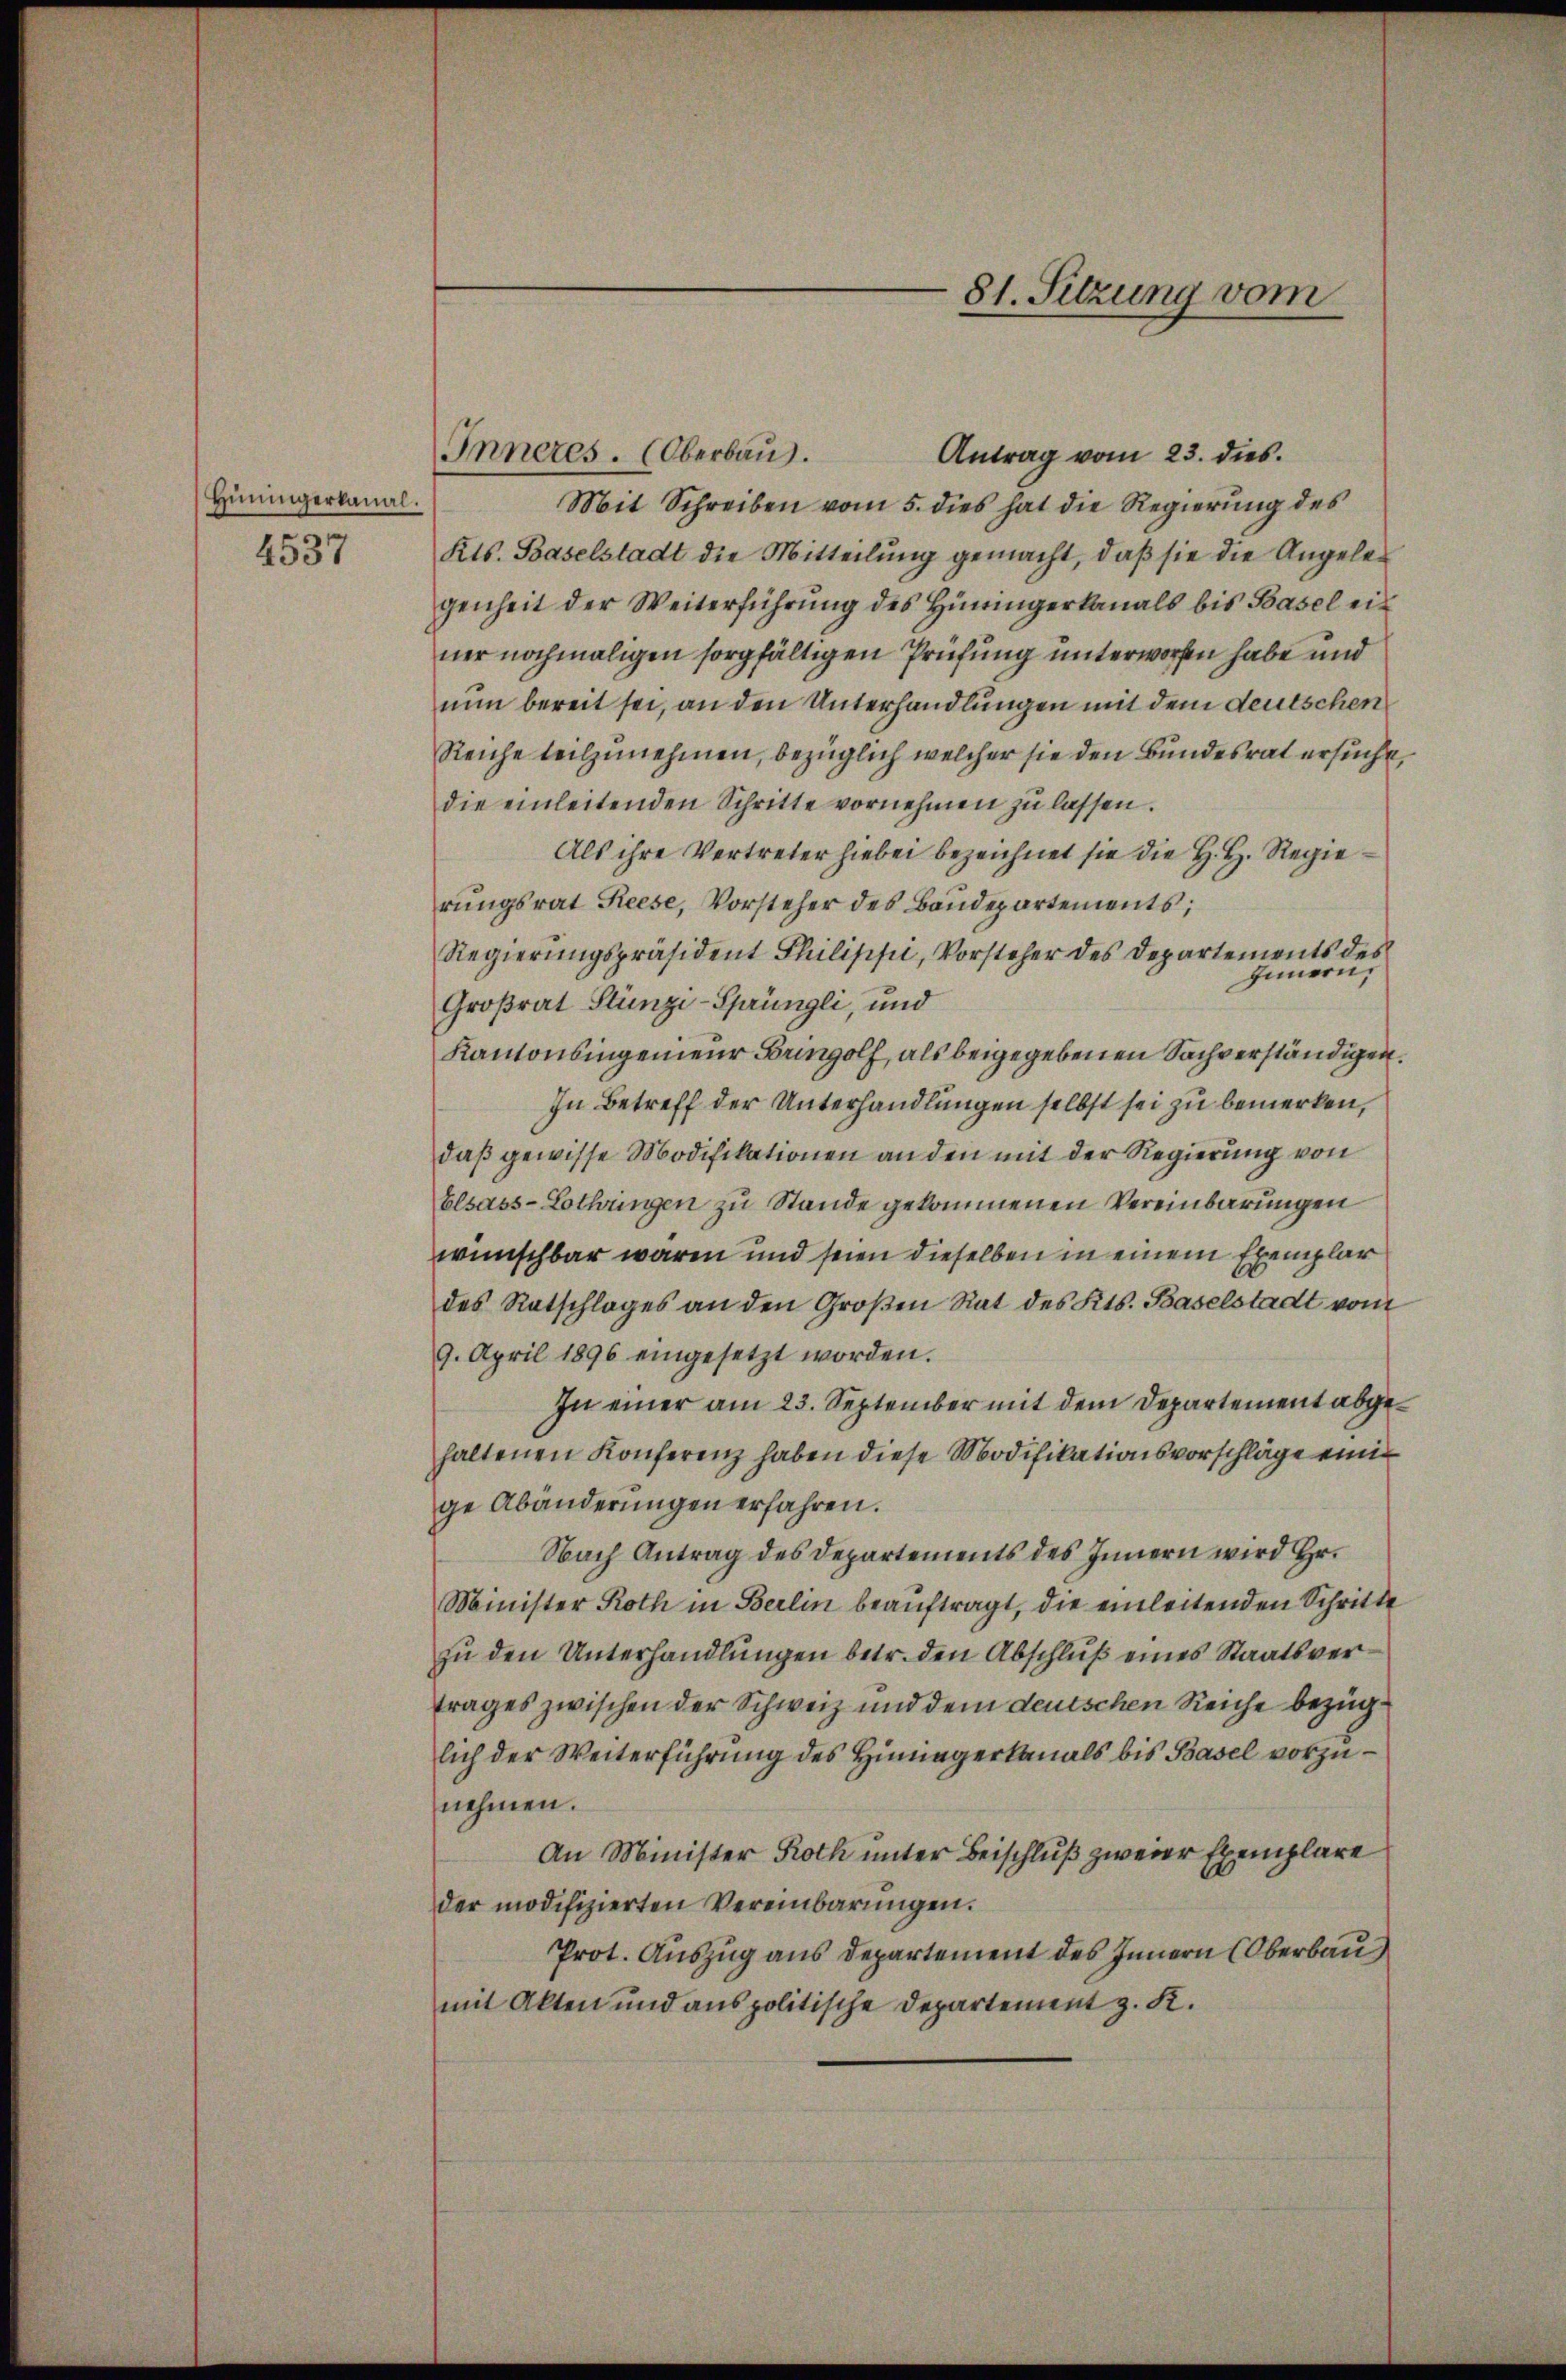
Hüningerkanal.

4537

Inneres. (Oberbau.
Antrag vom 23. dies
Mit Schreiben vom 5. dies hat die Regierŭng des
Kts. Baselstadt die Mitteilung gemacht, daß sie die Angelegenheit der Weiterführŭng des Hüningerkanals bis Basel einer nochmaligen sorgfältigen Prüfung unterworfen habe und
nun bereit sei, an den Unterhandlungen mit dem deutschen
Reiche teilzunehmen, bezüglich welcher sie den Bundesrat ersucht,
die einleitenden Schritte vornehmen zŭ lassen.
Als ihre Vertreter hiebei bezeichnet sie die H. H. Regierungsrat Reese, Vorsteher des Baudepartements;
Regierŭngspräsident Philippi, Vorsteher des Departements des
Innern,
Großrat Stünzi-Sprüngli, und
Kantonsingenieur Bringolf, als beigegebenen Sachverständigen.
In Betreff der Unterhandlungen selbst sei zu bemerken,
daß gewisse Modifikationen an den mit der Regierung von
Elsass-Lothringen zu Stande gekommenen Vereinbarungen
wünschbar waren und seien dieselben in einem Exemplar
des Ratschlages an den Großen Rat des Kts. Baselstadt vom
9. April 1896 eingesetzt worden.
In einer am 23. September mit dem Departement abgehaltenen Konferenz haben diese Modifikationsvorschläge einige Abänderungen erfahren.
Nach Antrag des Departements des Innern wird Hr.
Minister Roth in Berlin beauftragt, die einleitenden Schritte
zu den Unterhandlungen betr. den Abschluß eines Staatsvertrages zwischen der Schweiz und dem deutschen Reiche bezüglich der Weiterführung des Hüningerkanals bis Basel vorzunehmen.
An Minister Roth unter Beischluß zweier Exemplare
der modifizierten Vereinbarungen.
Prot. Auszug aus Departement des Innern (Oberbau
mit Akten und anspolitische Departement z. K.

81. Sitzung vom